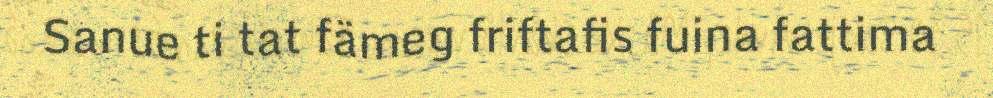
Sanue ti tat fämeg friftafis fuina fattima